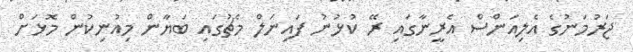
ޖަރުމަނުގެ އެލިއަންސް އެރީނާގައި ރޭ ކުޅުނު ފައިނަލް މެޗުގައި ބަޔާން މިއުނިކުން މޮޅަށް